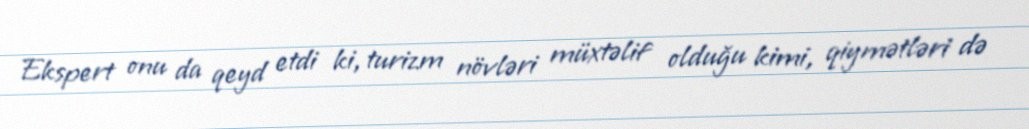
Ekspert onu da qeyd etdi ki, turizm növləri müxtəlif olduğu kimi, qiymətləri də